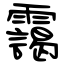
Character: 靄